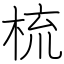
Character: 梳